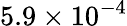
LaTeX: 5.9\times 10^{-4}